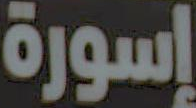
إسورة